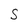
Character: S